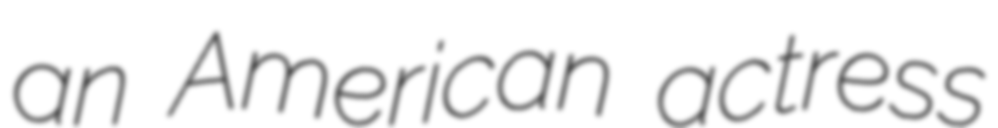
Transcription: an American actress